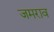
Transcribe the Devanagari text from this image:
जमराव